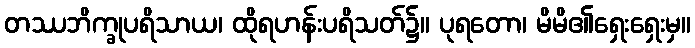
တဿဘိက္ခုပရိသာယ၊ ထိုရဟန်းပရိသတ်၌။ ပုရတော၊ မိမိ၏ရှေးရှေးမှ။